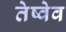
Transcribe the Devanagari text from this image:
तेष्वेव